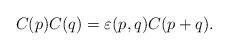
LaTeX: \begin{align*}C(p)C(q)=\varepsilon(p,q)C(p+q).\end{align*}